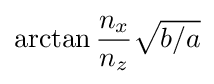
\arctan {\frac {n_{x}}{n_{z}}}{\sqrt {b/a}}